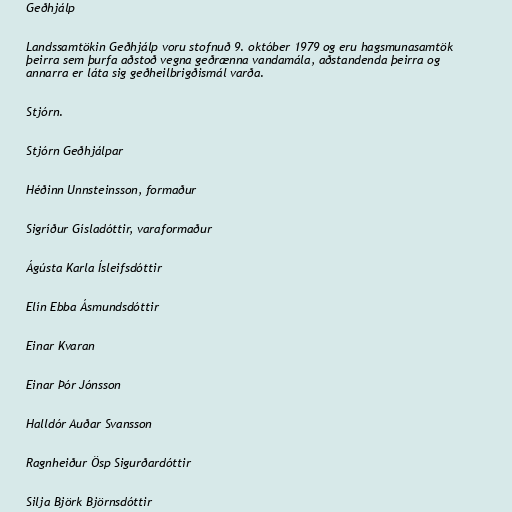
Geðhjálp

Landssamtökin Geðhjálp voru stofnuð 9. október 1979 og eru hagsmunasamtök
þeirra sem þurfa aðstoð vegna geðrænna vandamála, aðstandenda þeirra og
annarra er láta sig geðheilbrigðismál varða.

Stjórn.

Stjórn Geðhjálpar

Héðinn Unnsteinsson, formaður

Sigríður Gísladóttir, varaformaður

Ágústa Karla Ísleifsdóttir

Elín Ebba Ásmundsdóttir

Einar Kvaran

Einar Þór Jónsson

Halldór Auðar Svansson

Ragnheiður Ösp Sigurðardóttir

Silja Björk Björnsdóttir